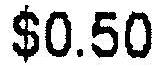
$0.50